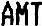
AMT